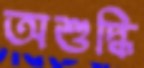
অশুদ্ধি